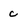
Character: c